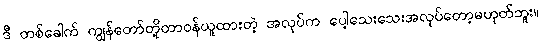
ဒီ တစ်ခေါက် ကျွန်တော်တို့တာဝန်ယူထားတဲ့ အလုပ်က ပေါ့သေးသေးအလုပ်တော့မဟုတ်ဘူး။